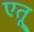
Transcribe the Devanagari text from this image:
एतू